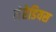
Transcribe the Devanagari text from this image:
मेरेडियस